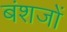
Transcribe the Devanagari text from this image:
बंशजों